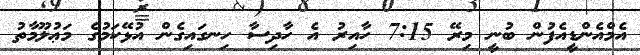
އެމްއެންޑީއެފުން ބުނީ މިރޭ 7:15 ހާއިރު އެ ހާދިސާ ހިނގައިގެން އުޅޭކަމުގެ މަޢުލޫމާތު